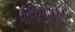
પારિતોષિકની